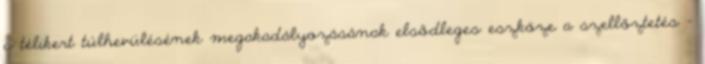
a télikert túlhevülésének megakadályozásának elsődleges eszköze a szellőztetés -